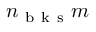
n _ { \mathrm { ~ b ~ k ~ s ~ } } m